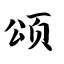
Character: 颂